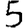
Digit: 5